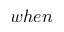
w h e n